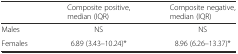
|  | Composite positive, median (IQR) | Composite negative, median (IQR) |
 | --- | --- | --- |
 | Males | NS | NS |
 | Females | 6.89 (3.43–10.24)* | 8.96 (6.26–13.37)* |